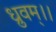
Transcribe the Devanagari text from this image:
ध्रुवम्।।